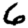
Digit: 6